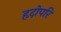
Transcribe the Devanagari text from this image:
हृदोपरि